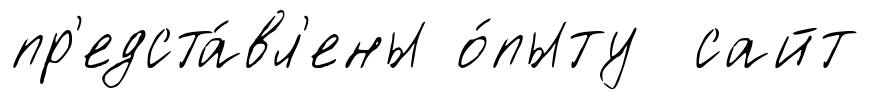
пр'едста́вл'ены о́пыту сайт